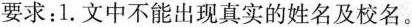
要求：1.文中不能出现真实的姓名及校名。